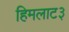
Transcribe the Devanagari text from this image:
हिमलाट३